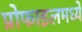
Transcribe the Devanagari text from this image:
प्रोफाइलमध्ये